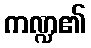
ကဏ္ဍ၏